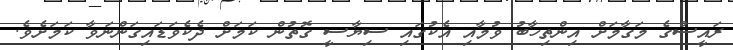
ރައީސްގެ މަގާމަށް އިންތިހާބު ވުމާއި އެކުގައި ސިޔާސީ ގޮތުން ކަމަށް ދެކެވަޑައިގަންނަވާ ކަމަށެވެ.